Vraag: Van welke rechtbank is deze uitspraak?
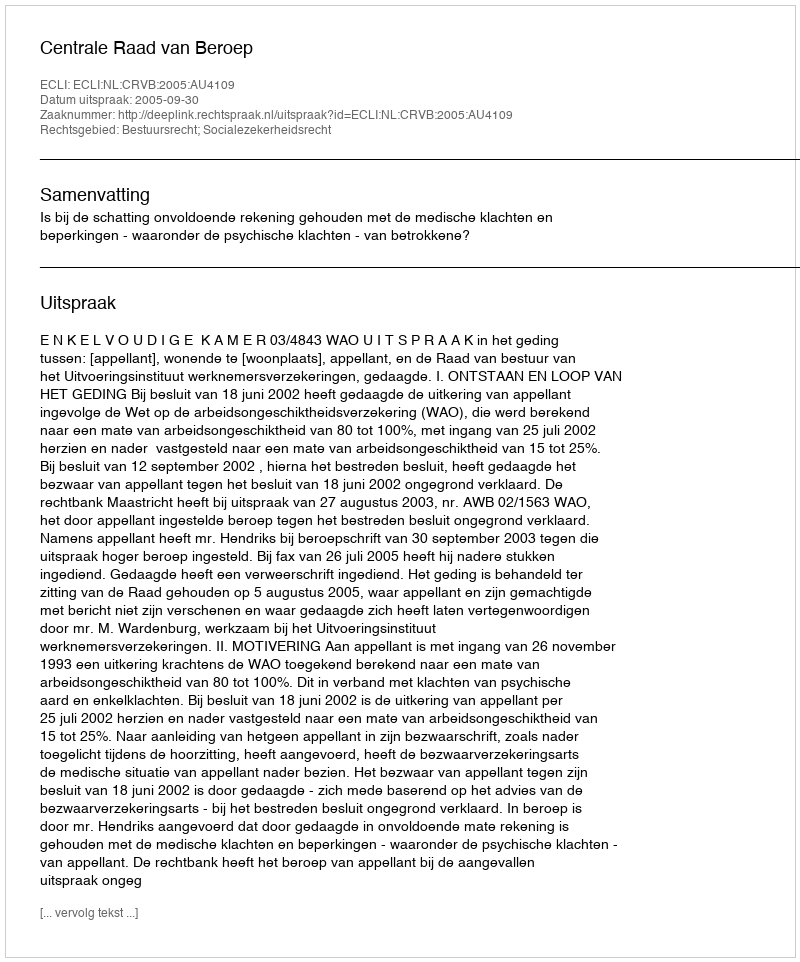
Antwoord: Centrale Raad van Beroep